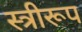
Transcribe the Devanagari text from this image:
स्त्रीरूप